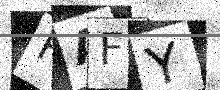
Text: HAFY